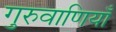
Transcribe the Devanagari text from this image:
गुरुवाणियाँ